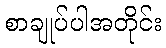
စာချုပ်ပါအတိုင်း